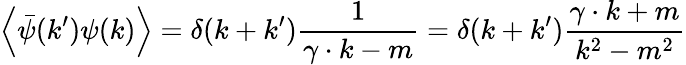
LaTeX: \left\langle{\bar{\psi}}(k^{\prime})\psi(k)\right\rangle=\delta(k+k^{\prime}){\frac{1}{\gamma\cdot k-m}}=\delta(k+k^{\prime}){\frac{\gamma\cdot k+m}{k^{2}-m^{2}}}